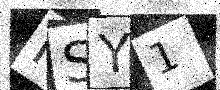
Text: FSY1